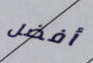
أفضل